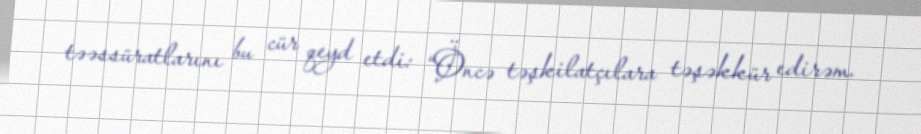
təəssüratlarını bu cür qeyd etdi: “Öncə təşkilatçılara təşəkkür edirəm.